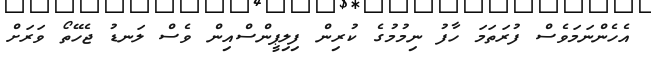
އެހެންނަމަވެސް ފުރަތަމަ ހާފު ނިމުމުގެ ކުރިން ފިލިޕީންސްއިން ވެސް ލަނޑު ޖެހޭތޯ ވަރަށް